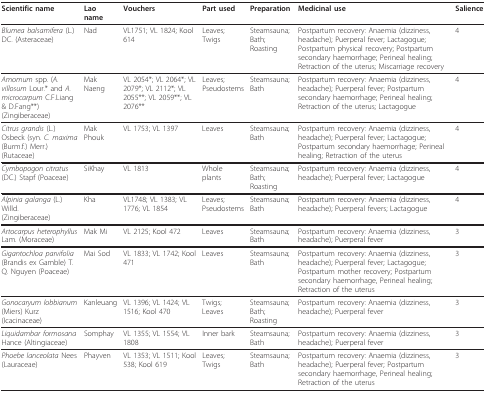
<table><thead><tr><td><b>Scientific name</b></td><td><b>Lao name</b></td><td><b>Vouchers</b></td><td><b>Part used</b></td><td><b>Preparation</b></td><td><b>Medicinal use</b></td><td><b>Salience</b></td></tr></thead><tbody><tr><td><i>Blumea balsamifera </i>(L.) DC. (Asteraceae)</td><td>Nad</td><td>VL1751; VL 1824; Kool 614</td><td>Leaves; Twigs</td><td>Steamsauna; Bath; Roasting</td><td>Postpartum recovery: Anaemia (dizziness, headache); Puerperal fever; Lactagogue; Postpartum physical recovery; Postpartum secondary haemorrhage; Perineal healing; Retraction of the uterus; Miscarriage recovery</td><td>4</td></tr><tr><td><i>Amomum </i>spp. (<i>A. villosum </i>Lour.* and <i>A. microcarpum </i>C.F.Liang &amp; D.Fang**)(Zingiberaceae)</td><td>Mak Naeng</td><td>VL 2054*; VL 2064*; VL 2079*; VL 2112*; VL 2055**; VL 2059**; VL 2076**</td><td>Leaves; Pseudostems</td><td>Steamsauna; Bath</td><td>Postpartum recovery: Anaemia (dizziness, headache); Puerperal fever; Postpartum secondary haemorrhage; Perineal healing; Retraction of the uterus; Lactagogue</td><td>4</td></tr><tr><td><i>Citrus grandis </i>(L.) Osbeck (syn. <i>C. maxima </i>(Burm.f.) Merr.) (Rutaceae)</td><td>Mak Phouk</td><td>VL 1753; VL 1397</td><td>Leaves</td><td>Steamsauna; Bath</td><td>Postpartum recovery: Anaemia (dizziness, headache); Puerperal fever; Lactagogue; Postpartum secondary haemorrhage; Perineal healing; Retraction of the uterus</td><td>4</td></tr><tr><td><i>Cymbopogon citratus </i>(DC.) Stapf (Poaceae)</td><td>SiKhay</td><td>VL 1813</td><td>Whole plants</td><td>Steamsauna; Bath; Roasting</td><td>Postpartum recovery: Anaemia (dizziness, headache); Puerperal fever; Lactagogue</td><td>4</td></tr><tr><td><i>Alpinia galanga </i>(L.) Willd.(Zingiberaceae)</td><td>Kha</td><td>VL1748; VL 1383; VL 1776; VL 1854</td><td>Leaves; Pseudostems</td><td>Steamsauna; Bath</td><td>Postpartum recovery: Anaemia (dizziness, headache); Puerperal fevers; Lactagogue</td><td>4</td></tr><tr><td><i>Artocarpus heterophyllus </i>Lam. (Moraceae)</td><td>Mak Mi</td><td>VL 2125; Kool 472</td><td>Leaves</td><td>Steamsauna; Bath</td><td>Postpartum recovery: Anaemia (dizziness, headache); Puerperal fever</td><td>3</td></tr><tr><td><i>Gigantochloa parvifolia </i>(Brandis ex Gamble) T.Q. Nguyen (Poaceae)</td><td>Mai Sod</td><td>VL 1833; VL 1742; Kool 471</td><td>Leaves</td><td>Steamsauna; Bath</td><td>Postpartum recovery: Anaemia (dizziness, headache); Puerperal fever; Lactagogue; Postpartum mother recovery; Postpartum secondary haemorrhage, Perineal healing; Retraction of the uterus</td><td>3</td></tr><tr><td><i>Gonocaryum lobbianum </i>(Miers) Kurz (Icacinaceae)</td><td>Kanleuang</td><td>VL 1396; VL 1424; VL 1516; Kool 470</td><td>Twigs; Leaves</td><td>Steamsauna; Bath; Roasting</td><td>Postpartum recovery: Anaemia (dizziness, headache); Puerperal fever</td><td>3</td></tr><tr><td><i>Liquidambar formosana </i>Hance (Altingiaceae)</td><td>Somphay</td><td>VL 1355; VL 1554; VL 1808</td><td>Inner bark</td><td>Steamsauna; Bath</td><td>Postpartum recovery: Anaemia (dizziness, headache); Puerperal fever</td><td>3</td></tr><tr><td><i>Phoebe lanceolata </i>Nees(Lauraceae)</td><td>Phayven</td><td>VL 1353; VL 1511; Kool 538; Kool 619</td><td>Leaves; Twigs</td><td>Steamsauna; Bath</td><td>Postpartum recovery: Anaemia (dizziness, headache); Puerperal fever; Postpartum secondary haemorrhage, Perineal healing; Retraction of the uterus</td><td>3</td></tr></tbody></table>